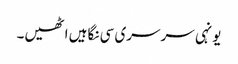
یونہی سرسری سی نگاہیں اٹھیں۔